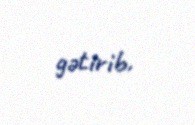
gətirib.